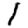
Digit: 1